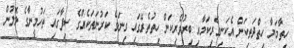
ހިތާމަޔާ ހިތްދަތިކަން އެކަނިވެރިކަމާއި ބިރުވެރިކަން ހިތުތެރޭގައި ގިނަވެ ކަރުނަތަކެއްގެ ސިފާގައި ތަހުމީނާގެ ލޮލުން